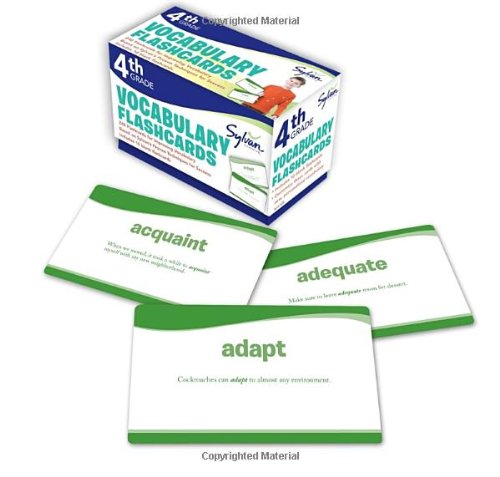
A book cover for Fourth Grade Vocabulary Flashcards (Flashcards Language Arts); Sylvan Learning; Reference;